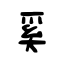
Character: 奚